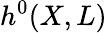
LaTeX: h^{0}(X,L)